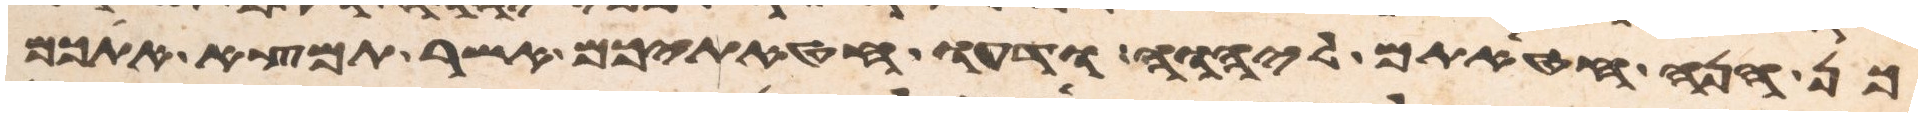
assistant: כן הנה חטאתם ליהוה ודעו חטאתיכם אשר תמצא אתכם